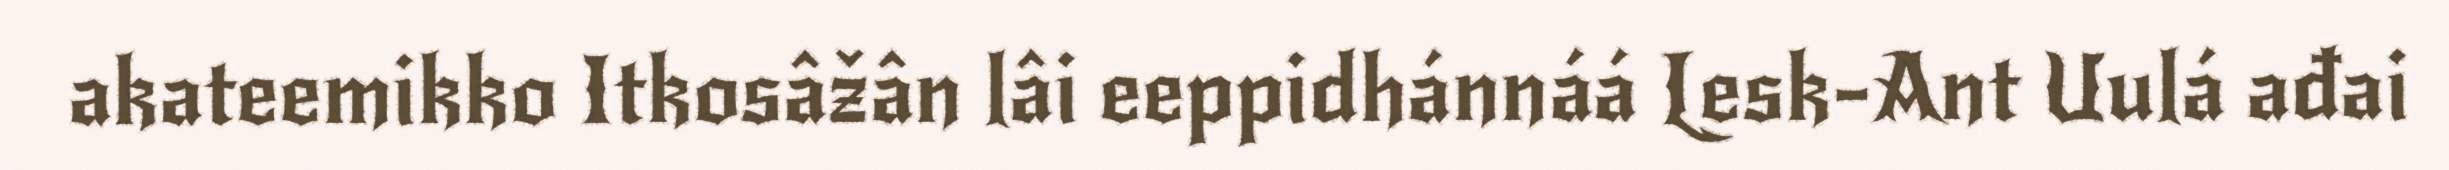
akateemikko Itkosâžân lâi eeppidhánnáá Lesk-Ant Uulá ađai